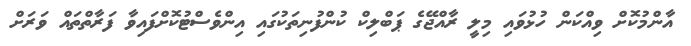
އާންމުކޮށް ވިއްކަން ހުޅުވައި މިލީ ރާއްޖޭގެ ޕަބްލިކް ކުންފުނިތަކުގައި އިންވެސްޓުކޮށްފައިވާ ފަރާތްތައް ވަރަށް